Leaving Certificate Examination, 1916
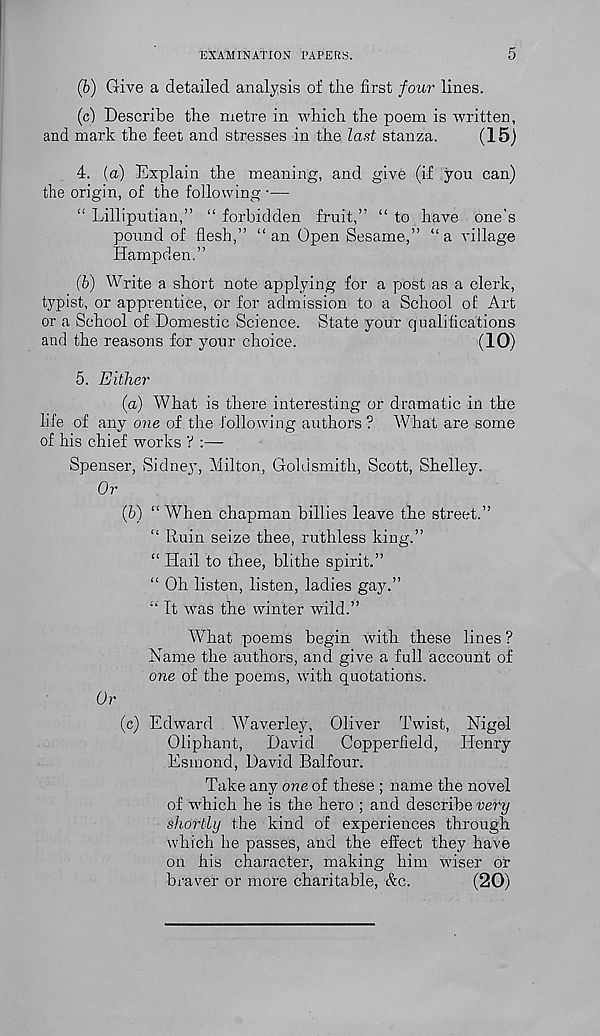
EXAMINATION PAPERS.
5
(h) Give a detailed analysis of the first four lines.
(c) Describe the metre in which the poem is written,
and mark the feet and stresses in the last stanza.
(15)
4. (a) Explain the meaning, and give (if you can)
the origin, of the following •—
“ Lilliputian,” “ forbidden fruit,” “ to have one's
pound of flesh,” “an Open Sesame,” “a village
Hampden.”
(b) Write a short note applying for a post as a clerk,
typist, or apprentice, or for admission to a School of Art
or a School of Domestic Science. State your qualifications
and the reasons for your choice.
(10)
5. Either
(a) What is there interesting or dramatic in the
life of any one of the following authors? What are some
of his chief works ? :—
Spenser, Sidney, Milton, Goldsmith, Scott, Shelley.
Or
(b) “ When chapman billies leave the street.”
“ Ruin seize thee, ruthless king.”
“ Hail to thee, blithe spirit.”
“ Oh listen, listen, ladies gay.”
“ It was the winter wild.”
What poems begin with these lines ?
Hame the authors, and give a full account of
one of the poems, with quotations.
Or
(c) Edward Waverley, Oliver Twist, Nigel
Oliphant, David
Copperfield, Henry
Esmond, David Balfour.
Take any one of these ; name the novel
of which he is the hero ; and describe very
shortly the kind of experiences through
which he passes, and the effect they have
on his character, making him wiser or
braver or more charitable, &c.
(20)